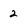
Character: 2